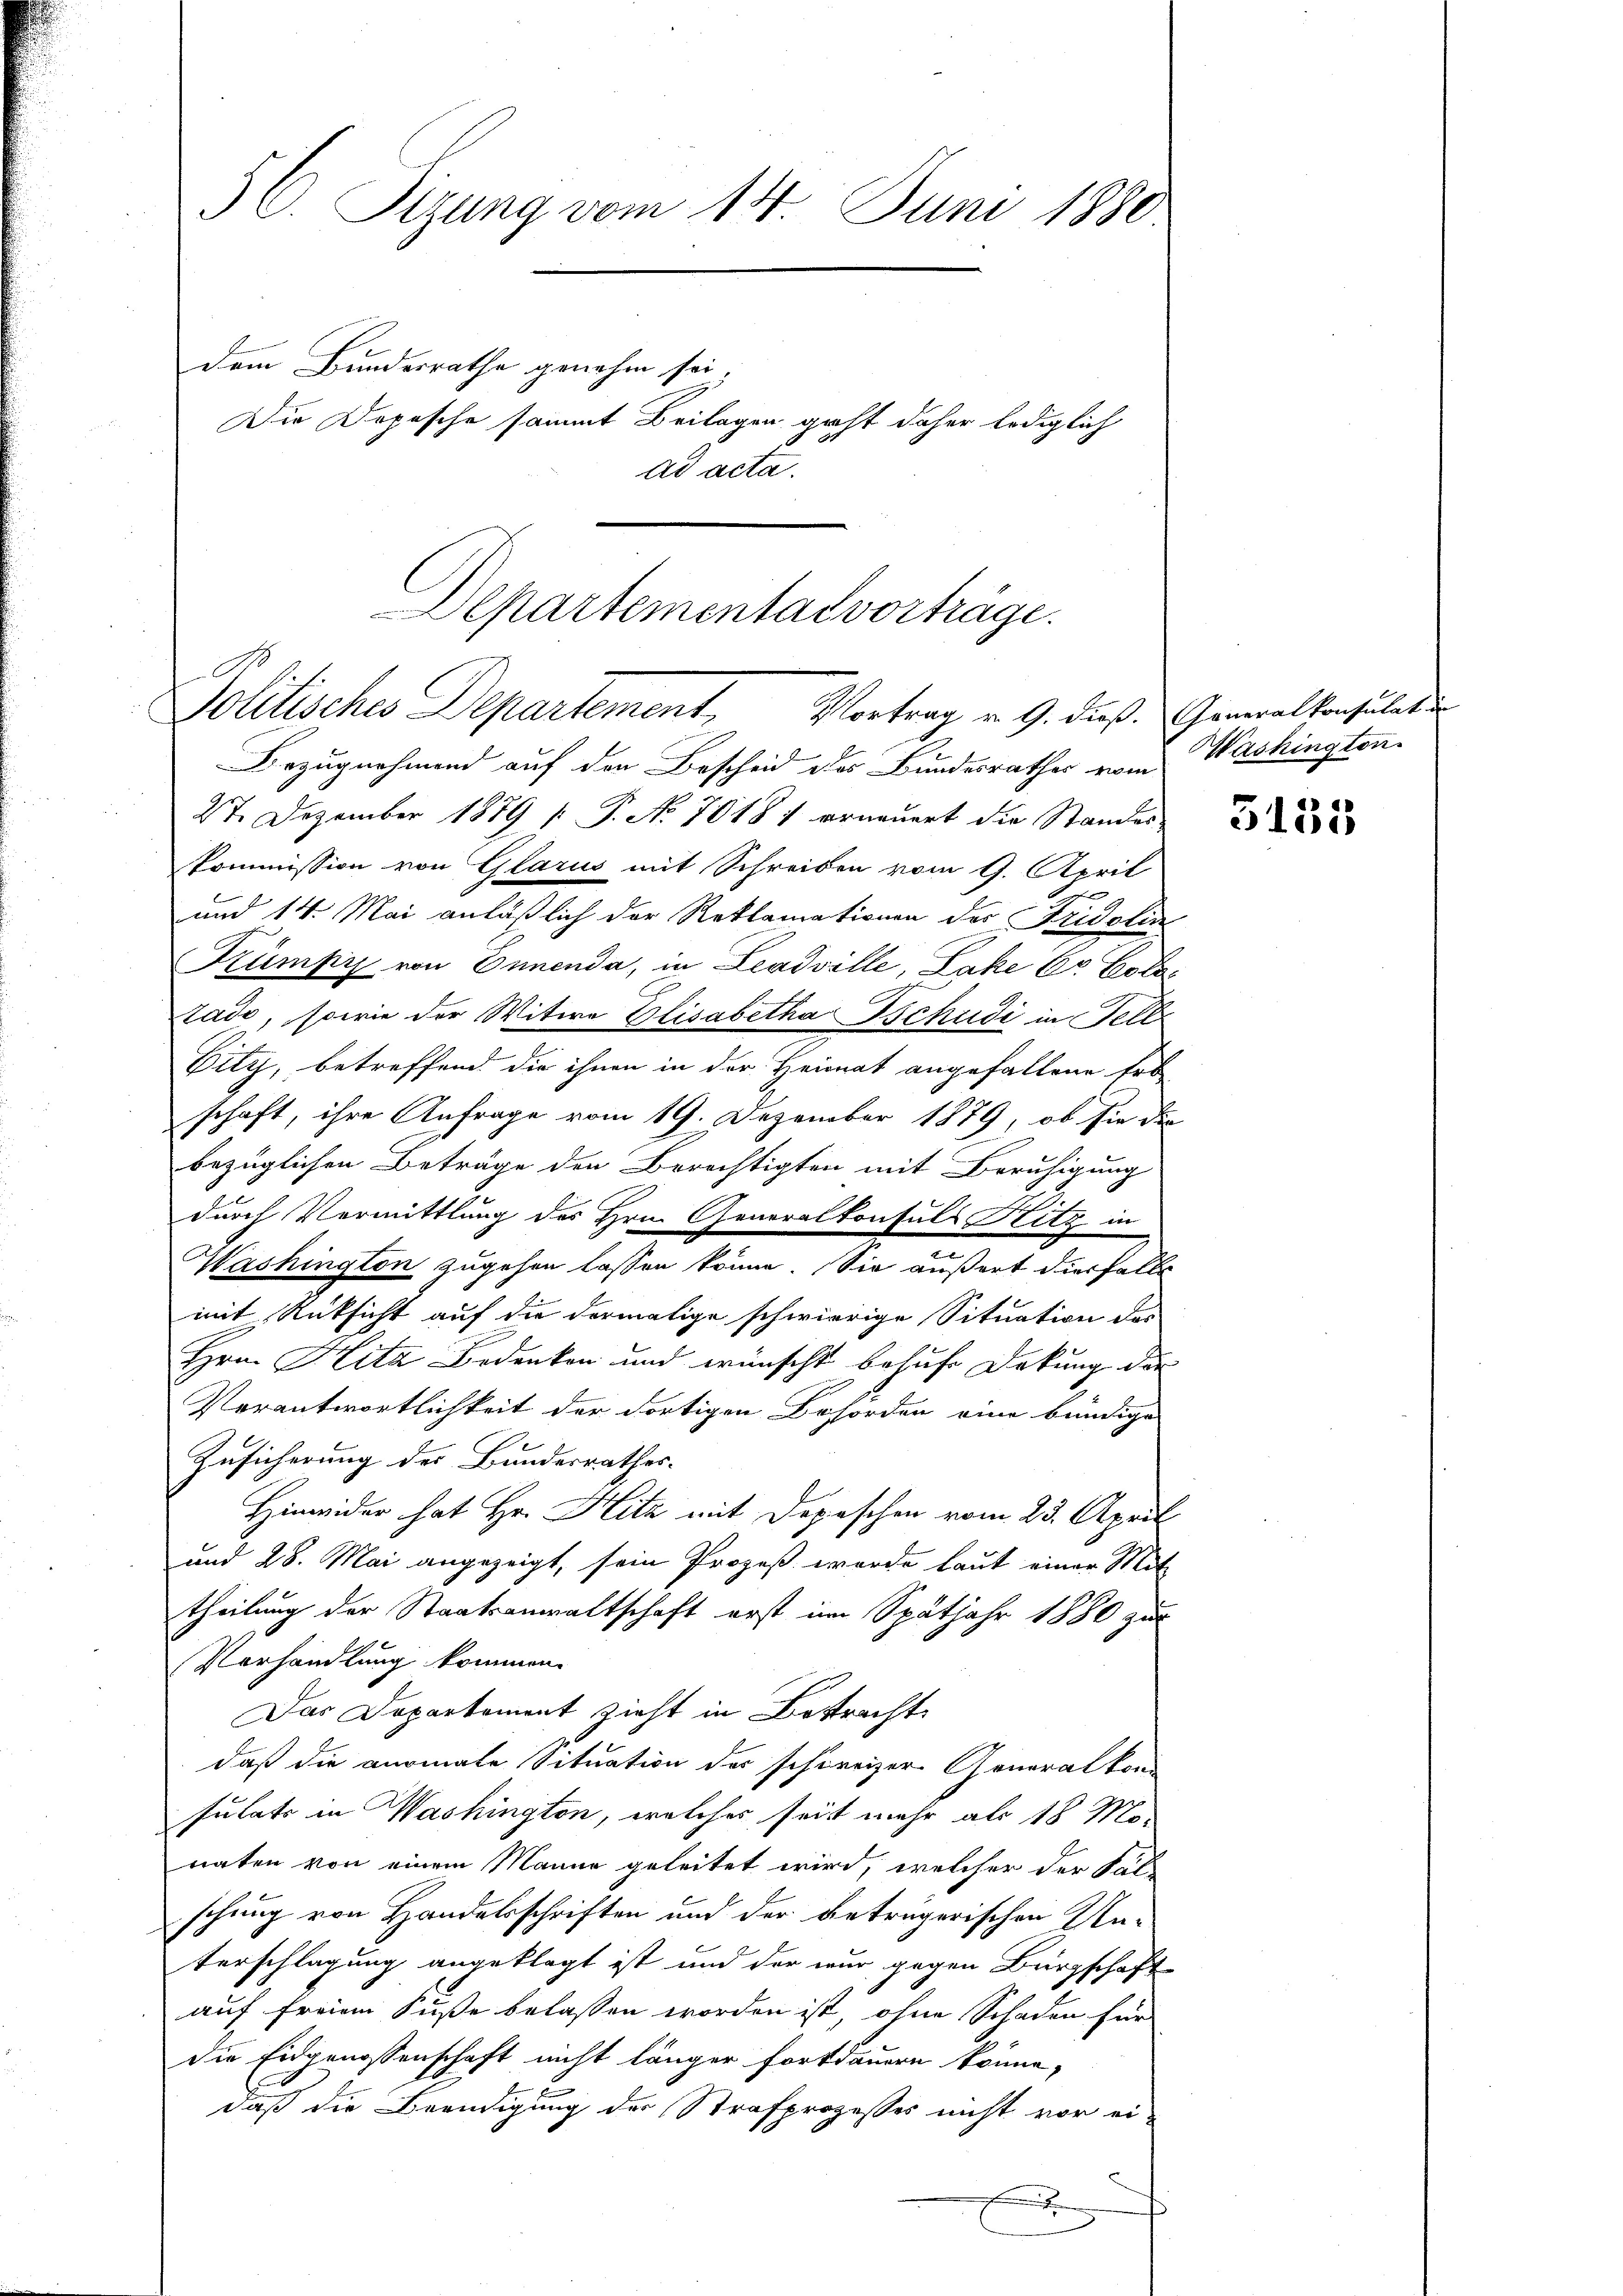
3C. Sitzung vom 14. Juni 1880
dem Bundesrathe genahm sei
Die Dopische sammt Beilagen geht daher lediglich
ad acta.

C
Politisches Departement, Vortrag v. 9. dieß. Generalkonsulati

Bezugnahmend auf den Bescheid des Bundesrathes vom Washington-
27. Dezember 1879 [ P. Nr. 7018, erneuert die Standes
kommission von Glarus mit Schreiben vom 9. April
E
und 14. Mai anläßlich der Reklamationen der Fridolin
Kümpis von Ennenda, in Leadville, Lake 60 Cototade, sowie der Witwe Elisabetha Tschudi in Fell
Dity, betreffend die ihnen in der Heimat angefallene Erb
schaft, ihre Anfrage vom 19. Dezember 1879, ob sie die
bezüglichen Beträge den Berechtigten mit Beruhigung
durch Vermittlung des Hrn. Generalkonsuls Hitz in
d
Washington zugehen lassen könne. Sie äußert diesfalls
mit Rüksicht auf die dermalige schwierige Situation des
Hrn. Hita Bedenken und wünscht behufe Deckung der
Verantwortlichkeit der dortigen Behörden eine bündige
Zusicherung des Bundesrathes.
Hinwider hat Hr. Hitz mit Depeschen vom 23. April
und 28. Mai angezeigt, sein Prozeß wurde laut einer Mit-
theilung der Staatsanwaltschaft erst im Spätjahr 1880 zur
Vorhandlung kommen.
Das Departement zieht in Bestracht
daß die anomale Situation des schweizer Generalkon
sulats in Washington, welches seit mehr als 18 Mo
naten von einem Manne geleitet wird, welcher der Sal-
schung von Handelsschriften und der betrügerischen Un-
terschlagung angeklagt ist und der nur gegen Bürgschaft
auf freien Fuße belassen worden ist, ohne Schaden für
die Eidgenossenschaft nicht länger Fortdauern könne,
daß die Beendigung der Strafprozesses nicht vor ei-

Departemental vorträge.

5135